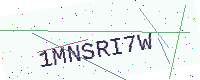
Text: 1MNSRI7W